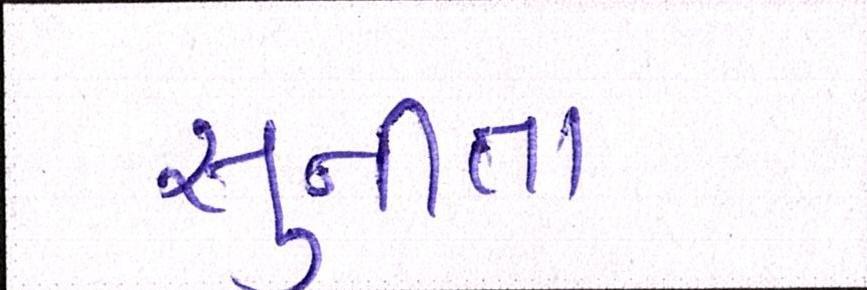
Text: સુનીતા